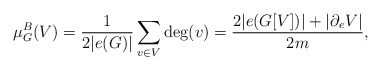
\begin{align*}\mu_G^B(V) = \frac{1}{2|e(G)|}\sum_{v \in V} \mathrm{deg}(v) = \frac{2 |e(G[V])|+|\partial_e V|}{2m}, \end{align*}